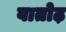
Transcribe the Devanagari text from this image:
वातोढ़